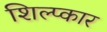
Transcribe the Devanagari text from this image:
शिल्प्कार